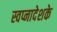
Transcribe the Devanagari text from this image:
स्वप्नादेशके